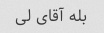
بله آقای لی